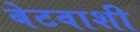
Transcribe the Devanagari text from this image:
बेटवाशी